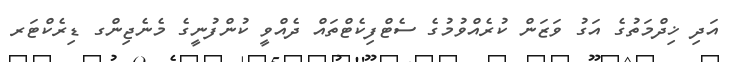
އަދި ޚިދްމަތުގެ އަގު ވަޒަން ކުރެއްވުމުގެ ސެޓްފިކެޓްތައް ދެއްވީ ކުންފުނީގެ މެނެޖިންގ ޑިރެކްޓަރ